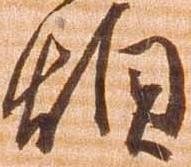
煩